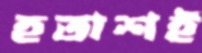
হতাশই